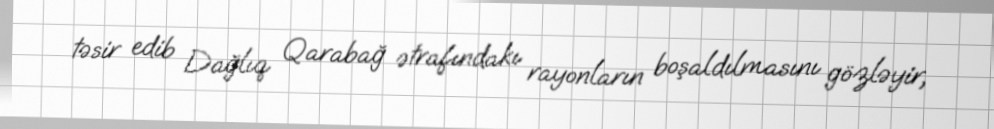
təsir edib Dağlıq Qarabağ ətrafındakı rayonların boşaldılmasını gözləyir,